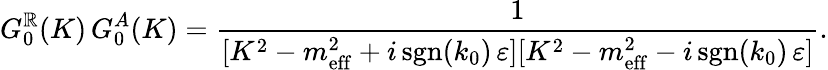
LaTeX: G_{0}^{\mathbb{R}}(K)\, G_{0}^{A}(K)=\frac{{1}}{{[K^{2}-m_{\mathrm{{eff}}}^{2}+i\, \textrm{{sgn}}(k_{0})\, \varepsilon][K^{2}-m_{\mathrm{{eff}}}^{2}-i\, \textrm{{sgn}}(k_{0})\, \varepsilon]}}.